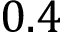
0 . 4